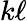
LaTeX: k\ell